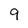
Character: 9